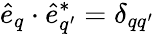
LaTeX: \hat{e}_{q}\cdot\hat{e}_{q^{\prime}}^{*}=\delta_{qq^{\prime}}